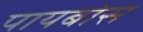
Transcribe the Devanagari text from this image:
पायबोस